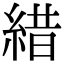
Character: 𦁎